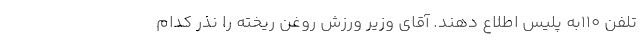
تلفن 110به پلیس اطلاع دهند. آقای وزیر ورزش روغن ریخته را نذر کدام